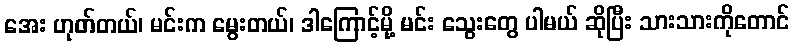
အေး ဟုတ်တယ်၊ မင်းက မွေးတယ်၊ ဒါကြောင့်မို့ မင်း သွေးတွေ ပါမယ် ဆိုပြီး သားသားကိုတောင်